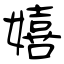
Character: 嬉